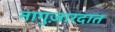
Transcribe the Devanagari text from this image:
नागुज़ारदात